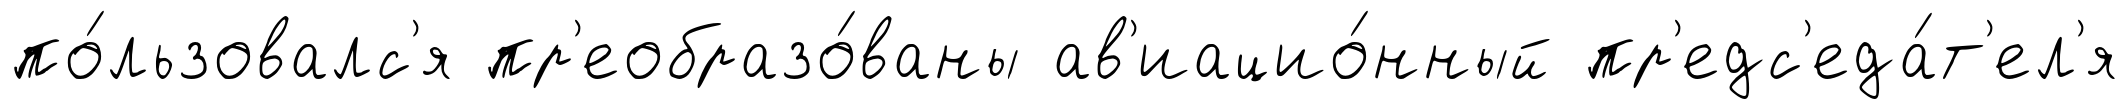
по́льзовалс'я пр'еобразо́ваны ав'иацио́нный пр'едс'еда́т'ел'я